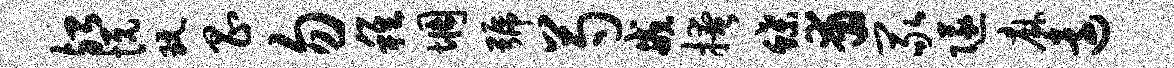
殆悦玩昌勿稚惆号芍戒掩蝶甫冢隧麻远